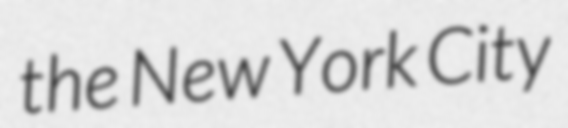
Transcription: the New York City